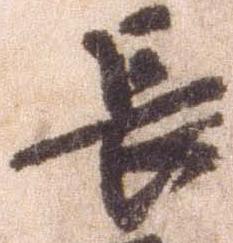
長